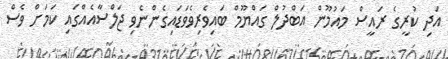
އަދި ކުރީގެ ރައީސް މައުމޫން އަބްދުލް ގައްޔޫމް ބައިވެރިވެވަޑައިގެންނެވި ޖަލްސާއެއްގައި ކަމަށް ވެސް